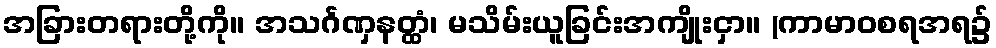
အခြားတရားတို့ကို။ အသင်္ဂဏှနတ္ထံ၊ မသိမ်းယူခြင်းအကျိုးငှာ။ (ကာမာဝစရအရ၌